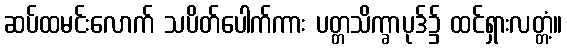
ဆပ်ထမင်းလောက် သပိတ်ပေါက်ကား ပတ္တသိက္ခာပုဒ်၌ ထင်ရှားလတ္တံ့။